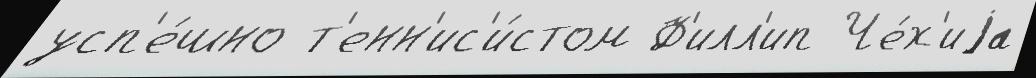
усп'е́шно т'енн'ис'и́стом Ф'илл'ип Че́х'иjа